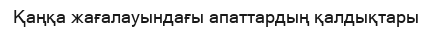
Қаңқа жағалауындағы апаттардың қалдықтары